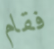
فقام